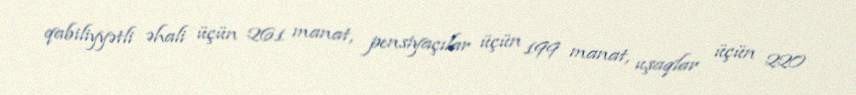
qabiliyyətli əhali üçün 261 manat, pensiyaçılar üçün 199 manat, uşaqlar üçün 220